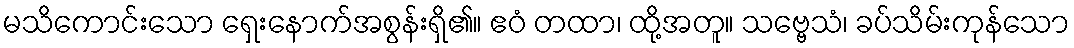
မသိကောင်းသော ရှေးနောက်အစွန်းရှိ၏။ ဧဝံ တထာ၊ ထို့အတူ။ သဗ္ဗေသံ၊ ခပ်သိမ်းကုန်သော